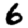
Digit: 6